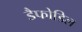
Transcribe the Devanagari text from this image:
डैफोडिल